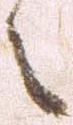
之